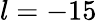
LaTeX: l=-15